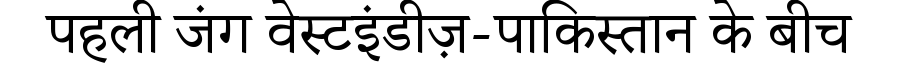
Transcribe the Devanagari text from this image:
पहली जंग वेस्टइंडीज़-पाकिस्तान के बीच